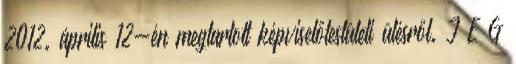
2012. április 12-én megtartott képviselőtestületi ülésről. J E G